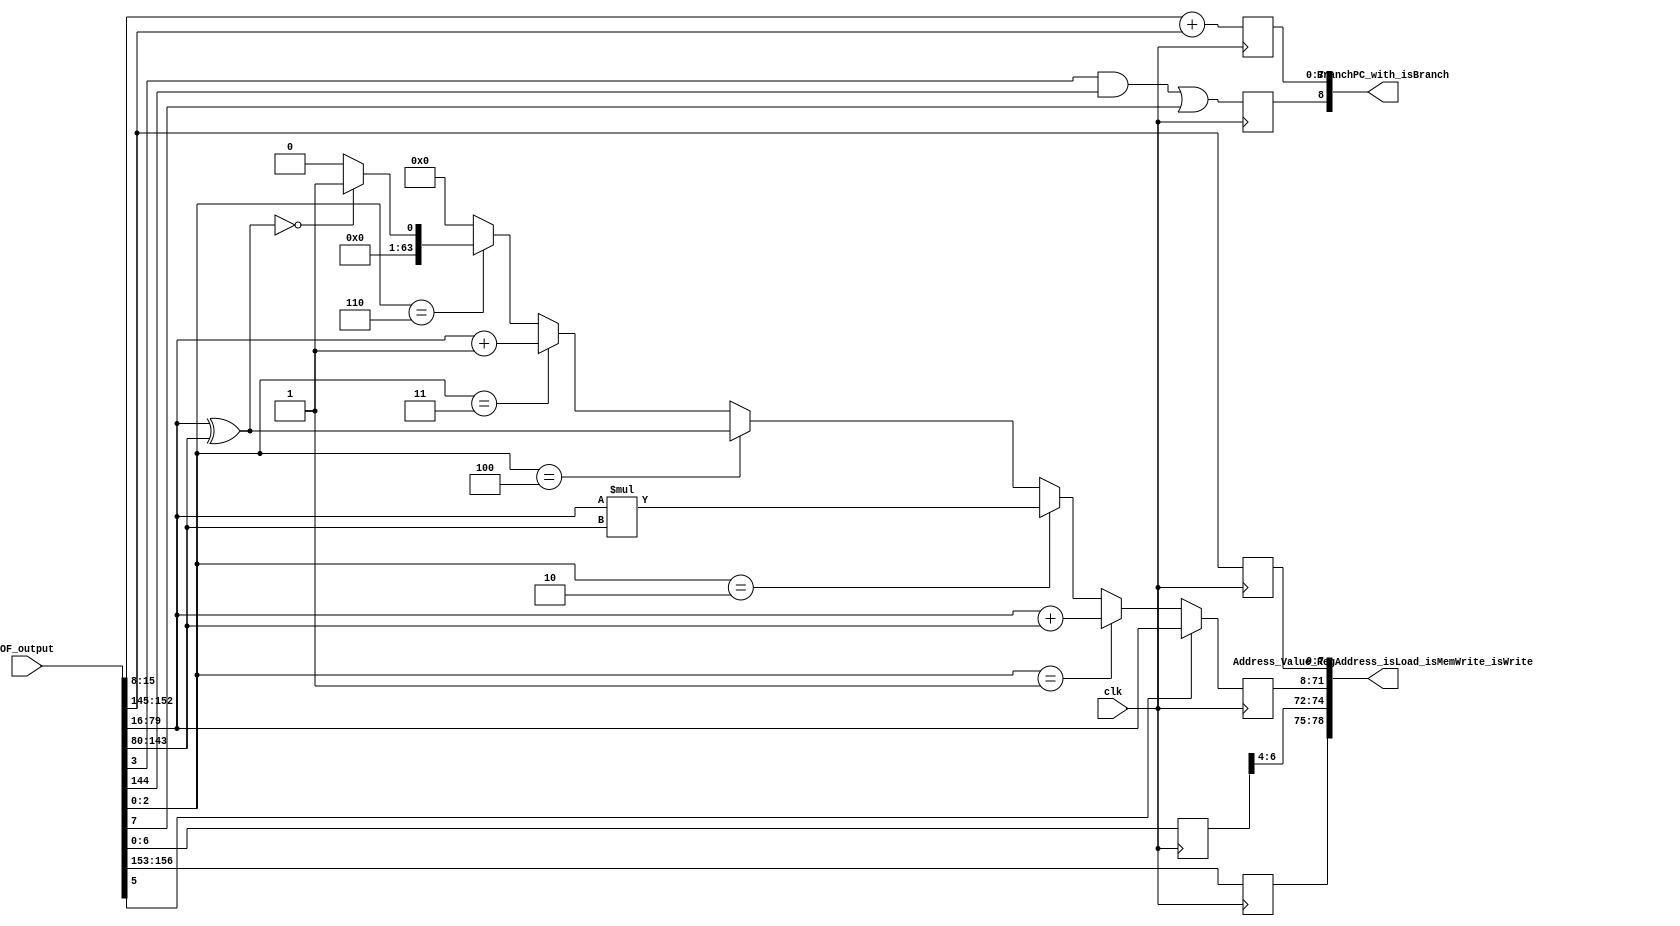
module alu(
  input wire [156:0] OF_output, // input taken from OF-EX register
  input wire clk,
  
  output wire[78:0] Address_Value_RegAddress_isLoad_isMemWrite_isWrite, // output for EX-MA register
  output wire [8:0] BranchPC_with_isBranch // output for IF (whether to go for branching)
  );

  // registers for breakdown of input into required parts
  
  reg [7:0] control_signals_in;
  wire [7:0] PC;
  wire [63:0] op1;
  wire [63:0] op2;
  wire        flag;
  wire [7:0] address_in;
  wire [3:0] reg_to_be_written_in;

  // assigning values

  assign PC [7:0] = OF_output[15:8];
  assign op1 [63:0] = OF_output[79:16];
  assign op2 [63:0] = OF_output[143:80];
  assign flag = OF_output[144:144];
  assign address_in [7:0] = OF_output[152:145];
  assign reg_to_be_written_in [3:0] = OF_output[156:153];

  // output registers

  reg ismemwrite;
  reg [7:0] control_signals_out;
  reg [63:0] value_to_be_written;
  reg [7:0] address_out;
  reg [3:0] reg_to_be_written_out;
  reg [7:0] branch_pc;
  reg is_branch_taken;
  reg [63:0] inc,add,mul,XOR,cmp;
  reg [2:0] opcode;
  reg [8:0] temp;
  
  // main driver code
  always @(posedge clk) begin
    control_signals_in [7:0] = OF_output[7:0];
    ismemwrite = control_signals_in[5];
    opcode [2:0] = control_signals_in[2:0];
    is_branch_taken = ((control_signals_in[3] & flag) | control_signals_in[7]);    
    control_signals_out [7:0] = control_signals_in[7:0];
    address_out [7:0] = address_in [7:0];
    reg_to_be_written_out [3:0] = reg_to_be_written_in [3:0];
    temp [8:0] = (PC [7:0] + address_in [7:0]);
    branch_pc [7:0] = (temp[7:0]);
    inc = (op1 [63:0] + 64'b0000000000000000000000000000000000000000000000000000000000000001);
    add = (op1 [63:0] + op2 [63:0]);
    mul = (op1 [63:0] * op2 [63:0]);
    XOR = (op1 [63:0] ^ op2 [63:0]);
    if (XOR == 64'b0000000000000000000000000000000000000000000000000000000000000000) begin
      cmp = 64'b0000000000000000000000000000000000000000000000000000000000000001;
    end
    else cmp = 64'b0000000000000000000000000000000000000000000000000000000000000000;
    if (opcode == 3'b001) value_to_be_written = add;
    else if (opcode == 3'b010) value_to_be_written = mul;
    else if (opcode == 3'b100) value_to_be_written = XOR;
    else if (opcode == 3'b011) value_to_be_written = inc;
    else if (opcode == 3'b110) value_to_be_written = cmp;
    else value_to_be_written = 0;
    if (ismemwrite) value_to_be_written = op1;
    
  end

  // converging output registers value to single output wire
  assign Address_Value_RegAddress_isLoad_isMemWrite_isWrite [7:0] = address_out [7:0];
  assign Address_Value_RegAddress_isLoad_isMemWrite_isWrite [71:8] = value_to_be_written [63:0];
  assign Address_Value_RegAddress_isLoad_isMemWrite_isWrite [74:72] = control_signals_in[6:4];
  assign Address_Value_RegAddress_isLoad_isMemWrite_isWrite [78:75] = reg_to_be_written_out [3:0];
  assign BranchPC_with_isBranch [7:0] = branch_pc [7:0];
  assign BranchPC_with_isBranch [8:8] = is_branch_taken;
endmodule